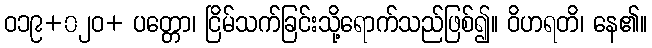
ဝ၁၉+၀၂ဝ+ ပတ္တော၊ ငြိမ်သက်ခြင်းသို့ရောက်သည်ဖြစ်၍။ ဝိဟရတိ၊ နေ၏။